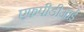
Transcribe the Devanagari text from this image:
एफपीडीआई